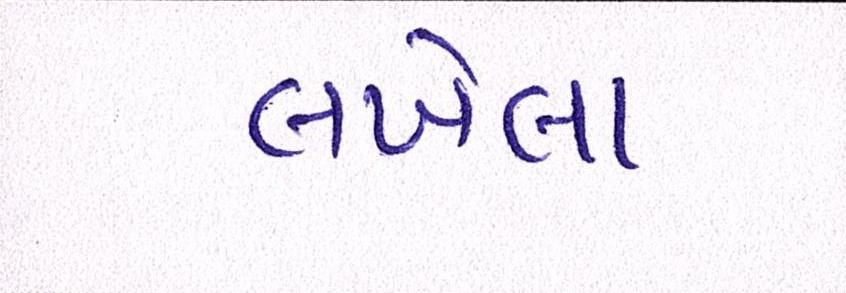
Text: લખેલા